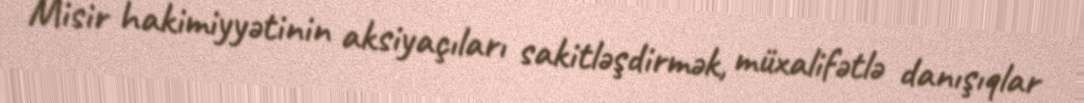
Misir hakimiyyətinin aksiyaçıları sakitləşdirmək, müxalifətlə danışıqlar